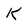
Character: k